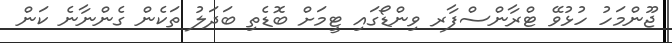
ޖޫންމަހު ހުޅުވޭ ޓްރާންސްފާރ ވިންޑޯގައި ޓީމަށް ބޮޑެތި ބަދަލު ތަކެން ގެންނާނެ ކަން